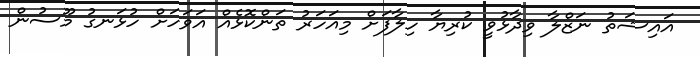
އައިޝަތު ނަޒްލާ ވިދާޅުވީ ކުރިޔާ ހިލާފަށް މިއަހަރު ތަންކޮޅެއް އަވަހަށް ހުޅަނގު މޫސުން